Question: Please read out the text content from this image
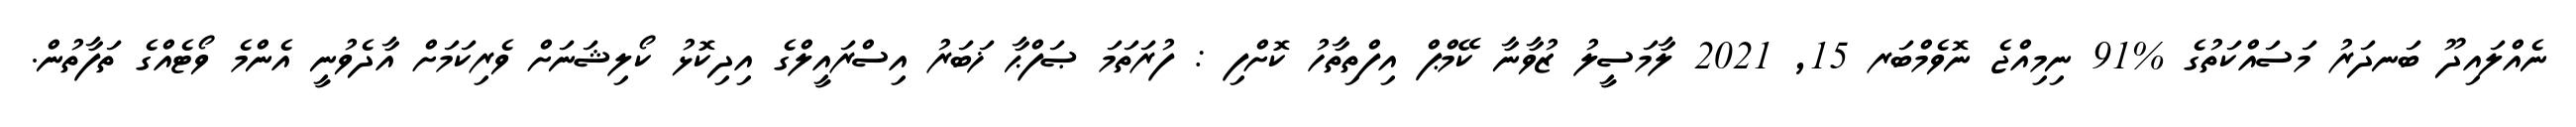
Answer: ނެއްލައިދޫ ބަނދަރު މަސައްކަތުގެ %91 ނިމިއްޖެ ނޮވެމްބަރ 15, 2021 ލާމަސީލު ޒުވާނާ ކޭމްޕް އިފްތިތާހު ކޮށްފި : ފުރަތަމަ ޞަފްޙާ ޚަބަރު އިސްރައީލްގެ އިދިކޮޅު ކޯލިޝަނަށް ވެރިކަމަށް އާދެވުނީ އެންމެ ވޯޓެއްގެ ތަފާތުން.